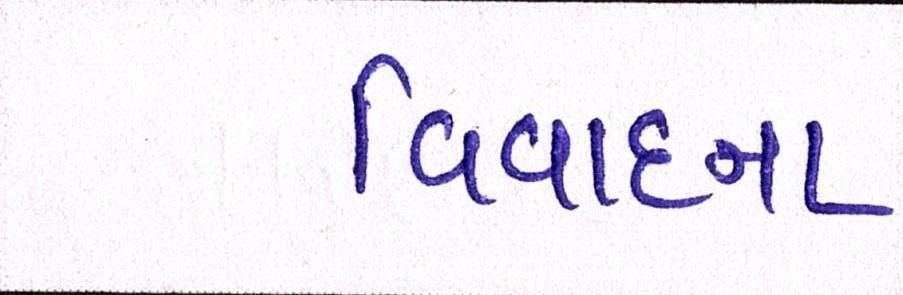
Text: વિવાદના